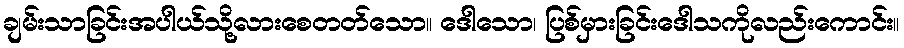
ချမ်းသာခြင်းအပါယ်သို့လားစေတတ်သော။ ဒေါသော၊ ပြစ်မှားခြင်းဒေါသကိုလည်းကောင်း။